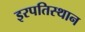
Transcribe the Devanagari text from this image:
इरपतिस्थान